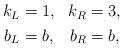
LaTeX: \begin{align*}\begin{aligned}k_L &= 1, &k_R &= 3, \\b_L &= b, &b_R &= b,\end{aligned}\end{align*}